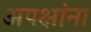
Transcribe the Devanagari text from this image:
अपक्षांना